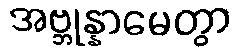
အဗ္ဘုန္နာမေတွာ